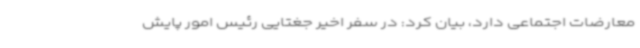
معارضات اجتماعی دارد، بیان کرد: در سفر اخیر جغتایی رئیس امور پایش